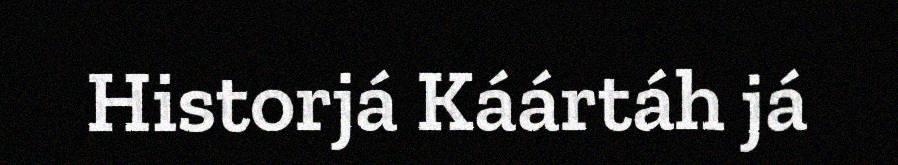
Historjá Káártáh já